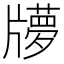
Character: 𤘂